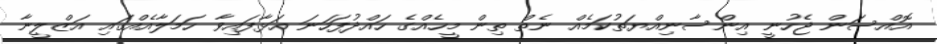
އޮއްސަން ޖެހުނީ އިންސާނިއްޔަތުކަމެއް ނެތް ތިން މީހެއްގެ ހައްދުފަހަނަ އަޅާފައިވާ ހަމަލާއެއްގައި އަޒްލީނާ